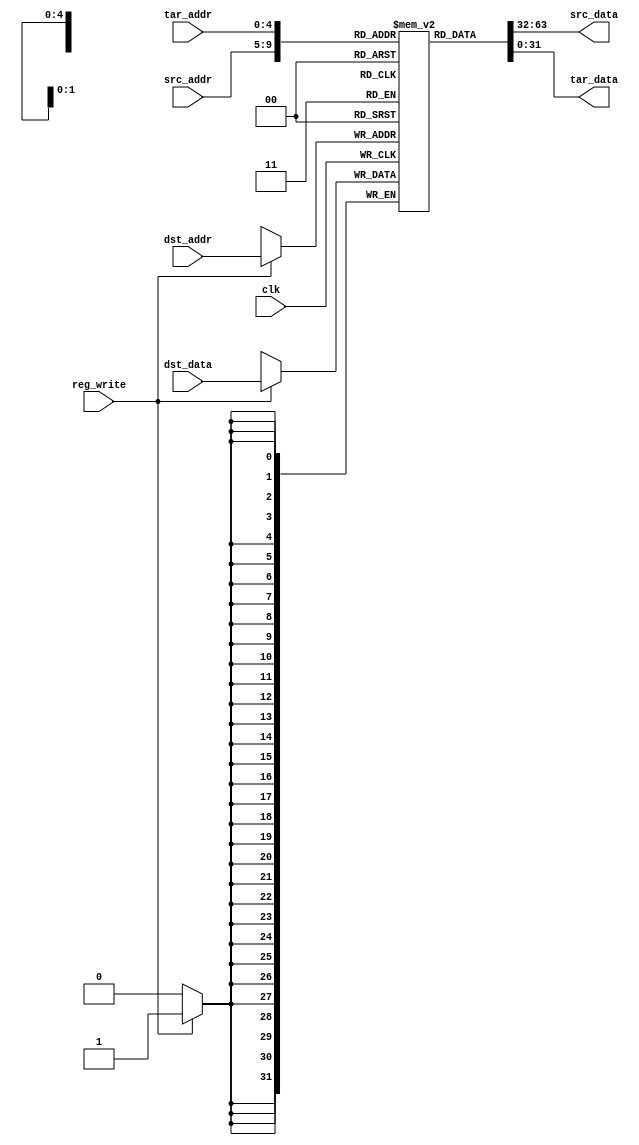
/*
 *	Template for Project 3 Part 3
 *	Copyright (C) 2021  Lee Kai Xuan or any person belong ESSLab.
 *	All Right Reserved.
 *
 *	This program is free software: you can redistribute it and/or modify
 *	it under the terms of the GNU General Public License as published by
 *	the Free Software Foundation, either version 3 of the License, or
 *	(at your option) any later version.
 *
 *	This program is distributed in the hope that it will be useful,
 *	but WITHOUT ANY WARRANTY; without even the implied warranty of
 *	MERCHANTABILITY or FITNESS FOR A PARTICULAR PURPOSE.  See the
 *	GNU General Public License for more details.
 *
 *	You should have received a copy of the GNU General Public License
 *	along with this program.  If not, see <https://www.gnu.org/licenses/>.
 *
 *	This file is for people who have taken the cource (1092 Computer
 *	Organizarion) to use.
 *	We (ESSLab) are not responsible for any illegal use.
 *
 */
 
/*
 * Macro of size declaration of register memory
 * CAUTION: DONT MODIFY THE NAME AND VALUE.
 */
`define REG_MEM_SIZE	32	// Words

/*
 * Declaration of Register File for this project.
 * CAUTION: DONT MODIFY THE NAME.
 */
module RF(
	// Outputs
	output [31:0]src_data,
	output [31:0]tar_data,
	// Inputs
	input [4:0]src_addr,
	input [4:0]tar_addr,
	input [4:0]dst_addr,
	input [31:0]dst_data,
	input clk,
	input reg_write
);

	/* 
	 * Declaration of inner register.
	 * CAUTION: DONT MODIFY THE NAME AND SIZE.
	 */
	reg [31:0]R[0:`REG_MEM_SIZE - 1];

		//assign value by register point by address
		assign src_data = R[src_addr];
		assign tar_data = R[tar_addr];
	always@(posedge clk)begin
		//write result to register addressed by dst_data
		if(reg_write)begin
			R[dst_addr] <= dst_data;
		end
	end
endmodule